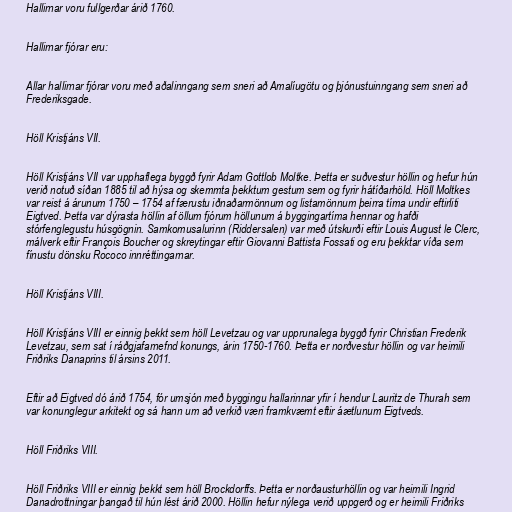
Hallirnar voru fullgerðar árið 1760.

Hallirnar fjórar eru:

Allar hallirnar fjórar voru með aðalinngang sem sneri að Amalíugötu og þjónustuinngang sem sneri að
Frederiksgade.

Höll Kristjáns VII.

Höll Kristjáns VII var upphaflega byggð fyrir Adam Gottlob Moltke. Þetta er suðvestur höllin og hefur hún
verið notuð síðan 1885 til að hýsa og skemmta þekktum gestum sem og fyrir hátíðarhöld. Höll Moltkes
var reist á árunum 1750 – 1754 af færustu iðnaðarmönnum og listamönnum þeirra tíma undir eftirliti
Eigtved. Þetta var dýrasta höllin af öllum fjórum höllunum á byggingartíma hennar og hafði
stórfenglegustu húsgögnin. Samkomusalurinn (Riddersalen) var með útskurði eftir Louis August le Clerc,
málverk eftir François Boucher og skreytingar eftir Giovanni Battista Fossati og eru þekktar víða sem
fínustu dönsku Rococo innréttingarnar.

Höll Kristjáns VIII.

Höll Kristjáns VIII er einnig þekkt sem höll Levetzau og var upprunalega byggð fyrir Christian Frederik
Levetzau, sem sat í ráðgjafarnefnd konungs, árin 1750-1760. Þetta er norðvestur höllin og var heimili
Friðriks Danaprins til ársins 2011.

Eftir að Eigtved dó árið 1754, fór umsjón með byggingu hallarinnar yfir í hendur Lauritz de Thurah sem
var konunglegur arkitekt og sá hann um að verkið væri framkvæmt eftir áætlunum Eigtveds.

Höll Friðriks VIII.

Höll Friðriks VIII er einnig þekkt sem höll Brockdorffs. Þetta er norðausturhöllin og var heimili Ingrid
Danadrottningar þangað til hún lést árið 2000. Höllin hefur nýlega verið uppgerð og er heimili Friðriks